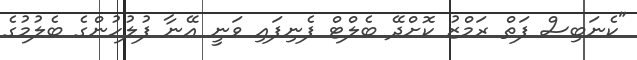
"ކެނަބިސް ފަތް ރަމްޒު ކޮށްދޭ ބެލްޓް ފެނިފައި ވަނީ އޭނާ ފުލުހުންގެ ބެލުމުގެ